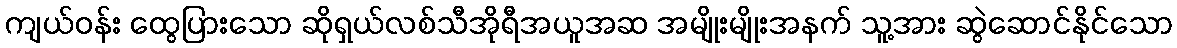
ကျယ်ဝန်း ထွေပြားသော ဆိုရှယ်လစ်သီအိုရီအယူအဆ အမျိုးမျိုးအနက် သူ့အား ဆွဲဆောင်နိုင်သော